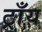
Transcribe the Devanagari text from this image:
ट्राँय